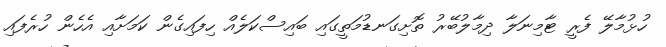
ހުޅުމާލޭ ފެރީ ޓާމިނަލާ ދިމާލުބޭރު ތޮށިގަނޑުމަތީގައި ބައިސްކަލެއް ހިފައިގެން ކަމަށާއި އެހެން ހުރެފައި